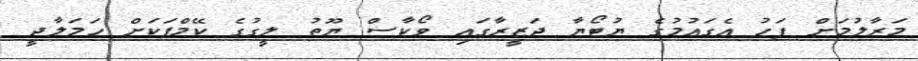
މަރާލުމަށް ފަހު އެގައުމުގެ ޔުޓޯޔާ ޖަޒީރާގައި ވޯކާސް ޔޫތު ލީގުގެ ކޭމްޕަކަށް ހަމަލާދީ